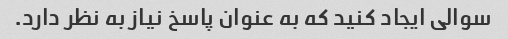
سوالی ایجاد کنید که به عنوان پاسخ نیاز به نظر دارد.